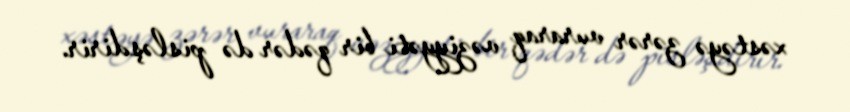
xəstəyə zərər vuraraq vəziyyəti bir qədər də pisləşdirir.